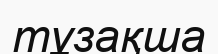
тұзақша